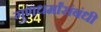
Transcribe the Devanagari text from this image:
गुणधर्मांसंबंधी